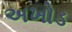
અખોડ